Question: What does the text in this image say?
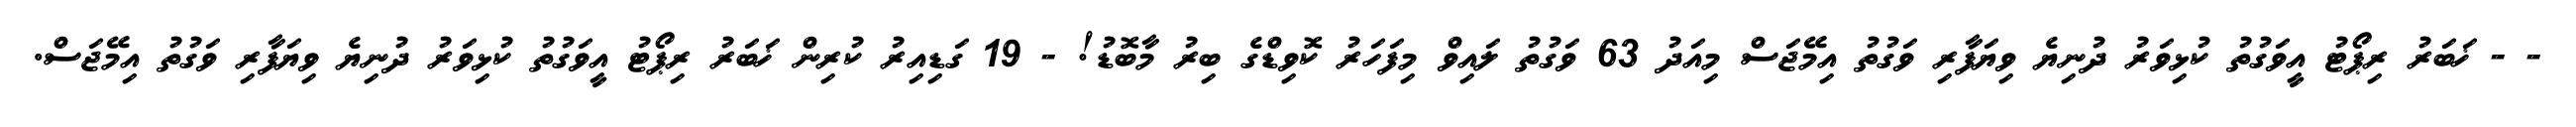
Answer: - - ޚަބަރު ރިޕޯޓު އީވަގުތު ކުޅިވަރު ދުނިޔެ ވިޔަފާރި ވަގުތު އިމޭޖަސް މިއަދު 63 ވަގުތު ލައިވް މިފަހަރު ކޮވިޑްގެ ބިރު މާބޮޑު! - 19 ގަޑިއިރު ކުރިން ޚަބަރު ރިޕޯޓު އީވަގުތު ކުޅިވަރު ދުނިޔެ ވިޔަފާރި ވަގުތު އިމޭޖަސް.